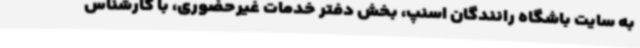
به سایت باشگاه رانندگان اسنپ، بخش دفتر خدمات غیرحضوری، با کارشناس